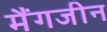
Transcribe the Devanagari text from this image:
मैंगजीन